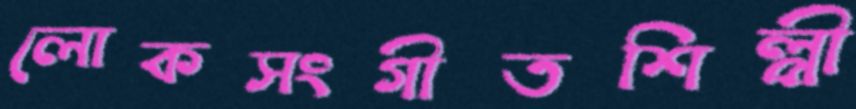
লোকসংগীতশিল্পী